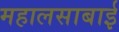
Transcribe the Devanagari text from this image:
महालसाबाई